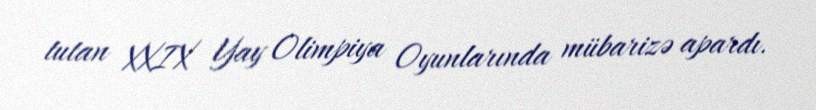
tutan XXIX Yay Olimpiya Oyunlarında mübarizə apardı.